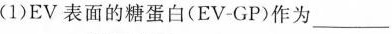
(1)EV表面的糖蛋白(EV-GP)作为___